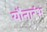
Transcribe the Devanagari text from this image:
यौनारंभ